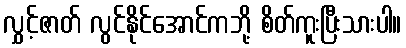
လွှင့်ဇာတ် လွင်နိုင်အောင်ကဘို့ စိတ်ကူးပြီးသားပါ။